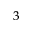
^ { 3 }